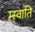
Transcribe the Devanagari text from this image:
म्स्वाति